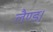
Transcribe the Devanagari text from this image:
लैण्ड।